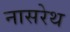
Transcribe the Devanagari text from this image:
नासरेथ